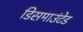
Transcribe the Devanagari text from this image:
डिसमाउंटेड